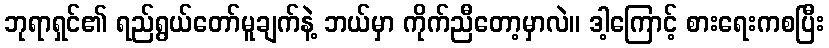
ဘုရာရှင်၏ ရည်ရွယ်တော်မူချက်နဲ့ ဘယ်မှာ ကိုက်ညီတော့မှာလဲ။ ဒါ့ကြောင့် စားရေးကစပြီး